Education and care of mentally and physically defective children, 1937
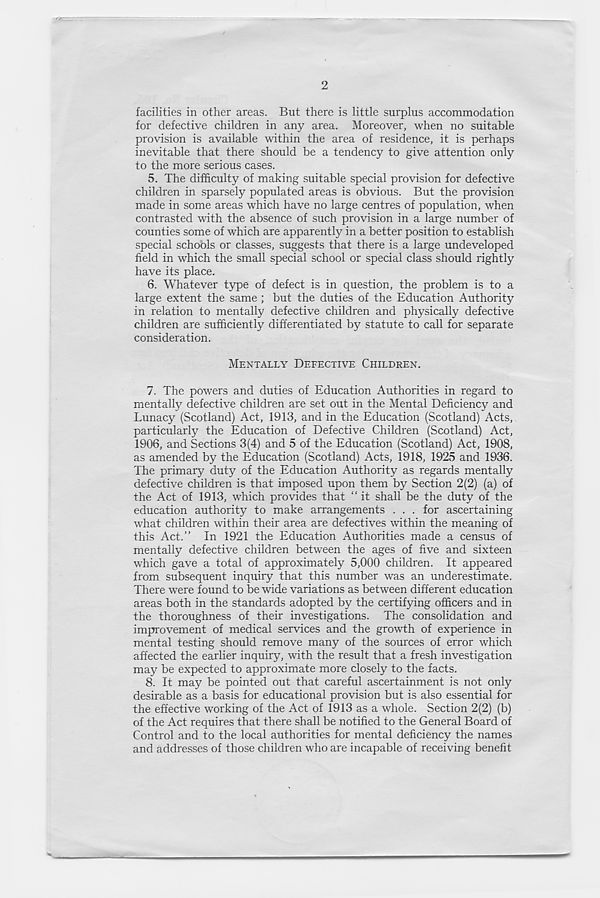
2
facilities in other areas. But there is little surplus accommodation
for defective children in any area. Moreover, when no suitable
provision is available within the area of residence, it is perhaps
inevitable that there should be a tendency to give attention only
to the more serious cases.
5. The difficulty of making suitable special provision for defective
children in sparsely populated areas is obvious. But the provision
made in some areas which have no large centres of population, when
contrasted with the absence of such provision in a large number of
counties some of which are apparently in a better position to establish
special schools or classes, suggests that there is a large undeveloped
field in which the small special school or special class should rightly
have its place.
6. Whatever type of defect is in question, the problem is to a
large extent the same ; but the duties of the Education Authority
in relation to mentally defective children and physically defective
children are sufficiently differentiated by statute to call for separate
consideration.
MENTALLY DEFECTIVE CHILDREN.
7. The powers and duties of Education Authorities in regard to
mentally defective children are set out in the Mental Deficiency and
Lunacy (Scotland) Act, 1913, and in the Education (Scotland) Acts,
particularly the Education of Defective Children (Scotland) Act,
1906, and Sections 3(4) and 5 of the Education (Scotland) Act, 1908,
as amended by the Education (Scotland) Acts, 1918, 1925 and 1936.
The primary duty of the Education Authority as regards mentally
defective children is that imposed upon them by Section 2(2) (a) of
the Act of 1913, which provides that “ it shall be the duty of the
education authority to make arrangements . . . for ascertaining
what children within their area are defectives within the meaning of
this Act.” In 1921 the Education Authorities made a census of
mentally defective children between the ages of five and sixteen
which gave a total of approximately 5,000 children. It appeared
from subsequent inquiry that this number was an underestimate.
There were found to be wide variations as between different education
areas both in the standards adopted by the certifying officers and in
the thoroughness of their investigations. The consolidation and
improvement of medical services and the growth of experience in
mental testing should remove many of the sources of error which
affected the earlier inquiry, with the result that a fresh investigation
may be expected to approximate more closely to the facts.
8. It may be pointed out that careful ascertainment is not only
desirable as a basis for educational provision but is also essential for
the effective working of the Act of 1913 as a whole. Section 2(2) (b)
of the Act requires that there shall be notified to the General Board of
Control and to the local authorities for mental deficiency the names
and addresses of those children who are incapable of receiving benefit